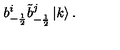
b _ { - \frac { 1 } { 2 } } ^ { i } \tilde { b } _ { - \frac { 1 } { 2 } } ^ { j } \left| k \right> .